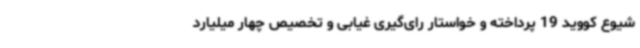
شیوع کووید 19 پرداخته و خواستار رای‌گیری غیابی و تخصیص چهار میلیارد